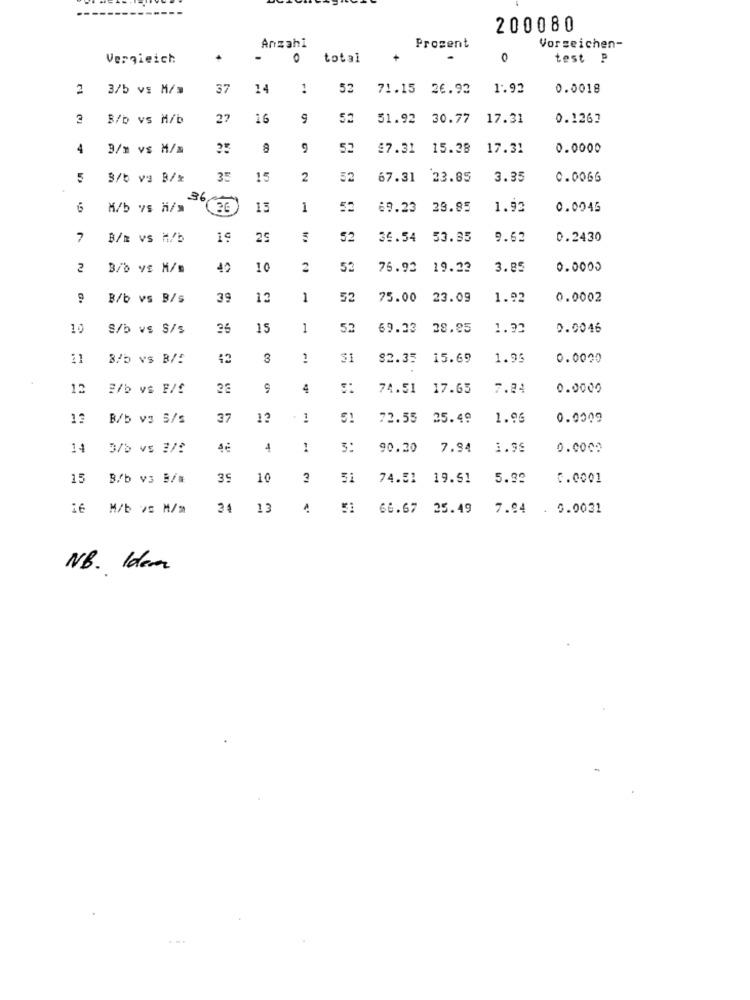
200080
Anzahl
Prozent
Vorzeichen-
Vergieich
O
total
0
test P
2 3/b vs M/s
37
52
71.15 26.92
1.92
0.0018
2
B/b vs M/b
27
16
9
52
51.92
30.77
17.31
0.1267
4
3/m vs M/m
8
52
£7.31
15.38
17.31
0.0000
5
3/b va B/*
35
15
2
52
67.31
23.85
3.35
0.0066
36
6
M/b vs h/>
15
1
52
69.23
28.95
1.92
0.0045
B/m vs H/b
19
25
52
36.54
53.35
9.62
0.2430
2
B/b ve M/s
40
10
2
52
76.92
19.22
3.85
0.0005
B/b vs B/s
39
13
1
52
75.00
23.09
1.92
0.0002
10
S/b vs S/s
15
1
53
69.23
38.25
1.92
0.0046
21
B/D vs B/!
42
2
82.35
15.69
1.95
0.0000
12
2/b vs F/f
4
74.51
17.65
7.84
0.0000
13
B/b v: S/s
37
12
72.55
25.49
1.96
0.0009
14
3/b vs 3/?
1
3:
90.20
7.94
1.99
0.0000
15
B/b v3 B/#
39
10
3
51
74.51
19.51
5.92
C.0001
16 M/b vs M/=
34
13
66.67 25.49
7.94
. 0.0031
NB. Idem